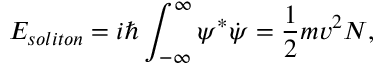
E _ { s o l i t o n } = i \hbar \int _ { - \infty } ^ { \infty } \psi ^ { * } \dot { \psi } = \frac { 1 } { 2 } m v ^ { 2 } N ,